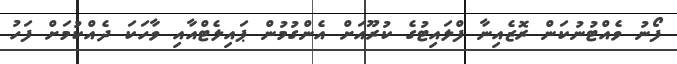
ފޯނު ވެއްޓުނުކަން ރޮޒެއިނާ ފްލައިޓުގެ ކުރޫއަށް އެންގުމުން ޕައިލެޓްއާއި ވާހަކަ ދެއްކުމަށް ފަހު